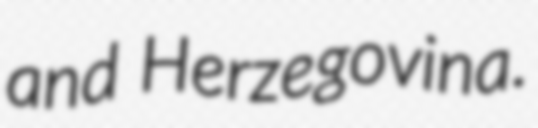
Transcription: and Herzegovina.